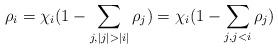
LaTeX: \begin{align*}\rho_i= \chi_i (1-\sum_{j, |j|>|i|}\rho_j)=\chi_i (1-\sum_{j, j < i}\rho_j)\end{align*}